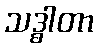
သဒ္ဓါတာ